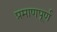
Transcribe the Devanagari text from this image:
प्रमाणपूर्ण